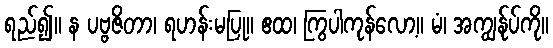
ရည်၍။ န ပဗ္ဗဇိတာ၊ ရဟန်းမပြု။ ဧထ၊ ကြွပါကုန်လော့။ မံ၊ အကျွန်ုပ်ကို။